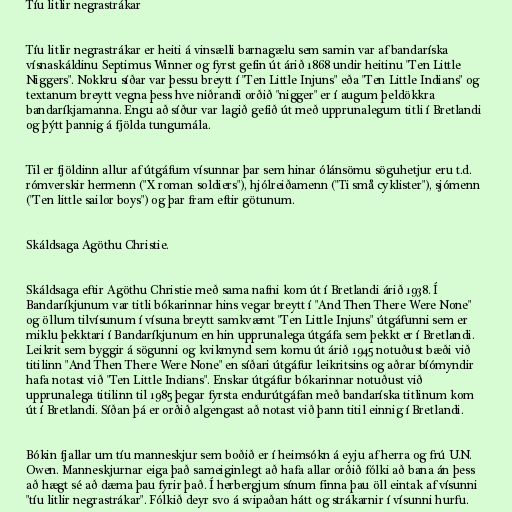
Tíu litlir negrastrákar

Tíu litlir negrastrákar er heiti á vinsælli barnagælu sem samin var af bandaríska
vísnaskáldinu Septimus Winner og fyrst gefin út árið 1868 undir heitinu "Ten Little
Niggers". Nokkru síðar var þessu breytt í "Ten Little Injuns" eða "Ten Little Indians" og
textanum breytt vegna þess hve niðrandi orðið "nigger" er í augum þeldökkra
bandaríkjamanna. Engu að síður var lagið gefið út með upprunalegum titli í Bretlandi
og þýtt þannig á fjölda tungumála.

Til er fjöldinn allur af útgáfum vísunnar þar sem hinar ólánsömu söguhetjur eru t.d.
rómverskir hermenn ("X roman soldiers"), hjólreiðamenn ("Ti små cyklister"), sjómenn
("Ten little sailor boys") og þar fram eftir götunum.

Skáldsaga Agöthu Christie.

Skáldsaga eftir Agöthu Christie með sama nafni kom út í Bretlandi árið 1938. Í
Bandaríkjunum var titli bókarinnar hins vegar breytt í "And Then There Were None"
og öllum tilvísunum í vísuna breytt samkvæmt "Ten Little Injuns" útgáfunni sem er
miklu þekktari í Bandaríkjunum en hin upprunalega útgáfa sem þekkt er í Bretlandi.
Leikrit sem byggir á sögunni og kvikmynd sem komu út árið 1945 notuðust bæði við
titilinn "And Then There Were None" en síðari útgáfur leikritsins og aðrar bíómyndir
hafa notast við "Ten Little Indians". Enskar útgáfur bókarinnar notuðust við
upprunalega titilinn til 1985 þegar fyrsta endurútgáfan með bandaríska titlinum kom
út í Bretlandi. Síðan þá er orðið algengast að notast við þann titil einnig í Bretlandi.

Bókin fjallar um tíu manneskjur sem boðið er í heimsókn á eyju af herra og frú U.N.
Owen. Manneskjurnar eiga það sameiginlegt að hafa allar orðið fólki að bana án þess
að hægt sé að dæma þau fyrir það. Í herbergjum sínum finna þau öll eintak af vísunni
"tíu litlir negrastrákar". Fólkið deyr svo á svipaðan hátt og strákarnir í vísunni hurfu.